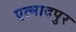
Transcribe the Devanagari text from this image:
एत्मादपुर